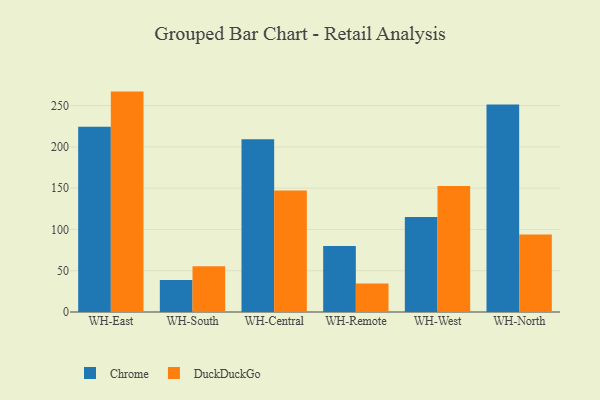
{"axis": {"x": "Warehouse", "y": "LTV (USD)"}, "legend": ["Chrome", "DuckDuckGo"], "data": [{"x": "WH-East", "y": 224.2, "type": "Chrome"}, {"x": "WH-East", "y": 266.9, "type": "DuckDuckGo"}, {"x": "WH-South", "y": 38.6, "type": "Chrome"}, {"x": "WH-South", "y": 55.3, "type": "DuckDuckGo"}, {"x": "WH-Central", "y": 209.1, "type": "Chrome"}, {"x": "WH-Central", "y": 147.2, "type": "DuckDuckGo"}, {"x": "WH-Remote", "y": 79.8, "type": "Chrome"}, {"x": "WH-Remote", "y": 34.5, "type": "DuckDuckGo"}, {"x": "WH-West", "y": 115.0, "type": "Chrome"}, {"x": "WH-West", "y": 152.6, "type": "DuckDuckGo"}, {"x": "WH-North", "y": 251.3, "type": "Chrome"}, {"x": "WH-North", "y": 93.8, "type": "DuckDuckGo"}]}